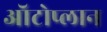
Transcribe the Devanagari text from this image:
ऑटोप्लान